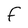
Character: F